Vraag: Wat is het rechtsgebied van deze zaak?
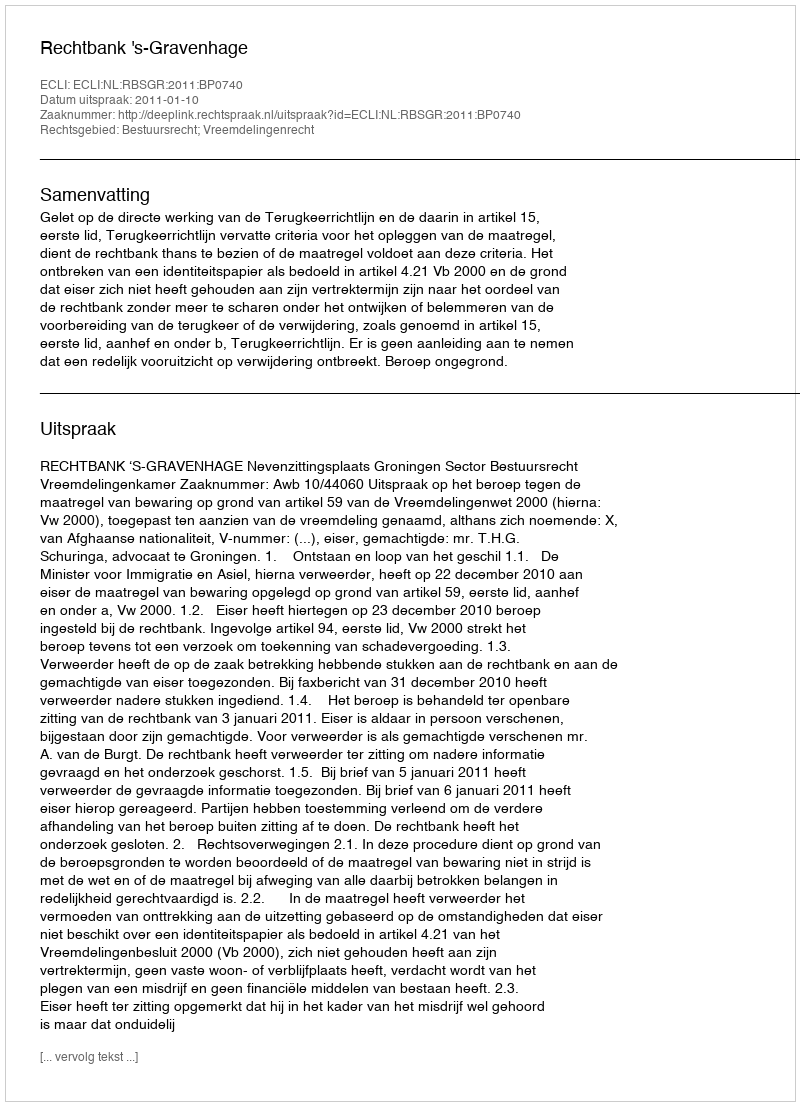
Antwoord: Bestuursrecht; Vreemdelingenrecht